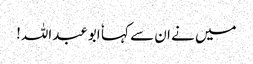
میں نے ان سے کہا ٗ ابوعبداللہ!